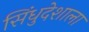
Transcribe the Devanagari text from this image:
सिंधुदेशाला